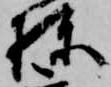
棟